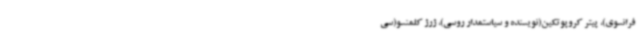
فرانسوی)، پیتر کروپوتکین(نویسنده و سیاستمدار روسی)، ژرژ کلمنسو(سی